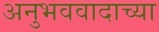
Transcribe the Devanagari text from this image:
अनुभववादाच्या